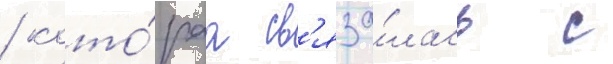
/ кото́раа св'яза́лась с